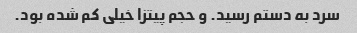
سرد به دستم رسید. و حجم پیتزا خیلی کم شده بود.